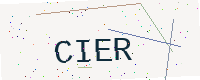
Text: CIER